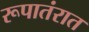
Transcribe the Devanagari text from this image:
रूपातंरात